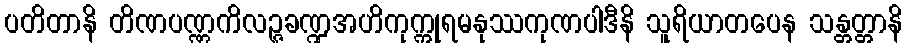
ပတိတာနိ တိဏပဏ္ဏကိလဉ္ဇခဏ္ဍအဟိကုက္ကုရမနုဿကုဏပါဒီနိ သူရိယာတပေန သန္တတ္တာနိ